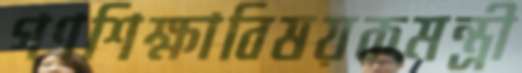
গণশিক্ষাবিষয়কমন্ত্রী